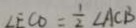
\angle E C O = \frac { 1 } { 2 } \angle A C B